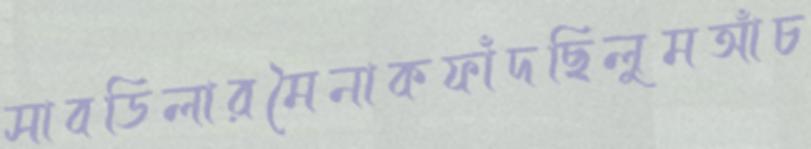
সাবডিলারমৈনাকফাঁদছিলুমআঁচ